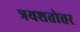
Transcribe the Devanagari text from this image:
त्रयशतोत्तर